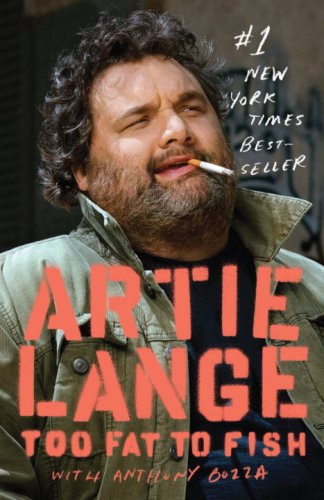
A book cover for Too Fat to Fish; Artie Lange; Humor & Entertainment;